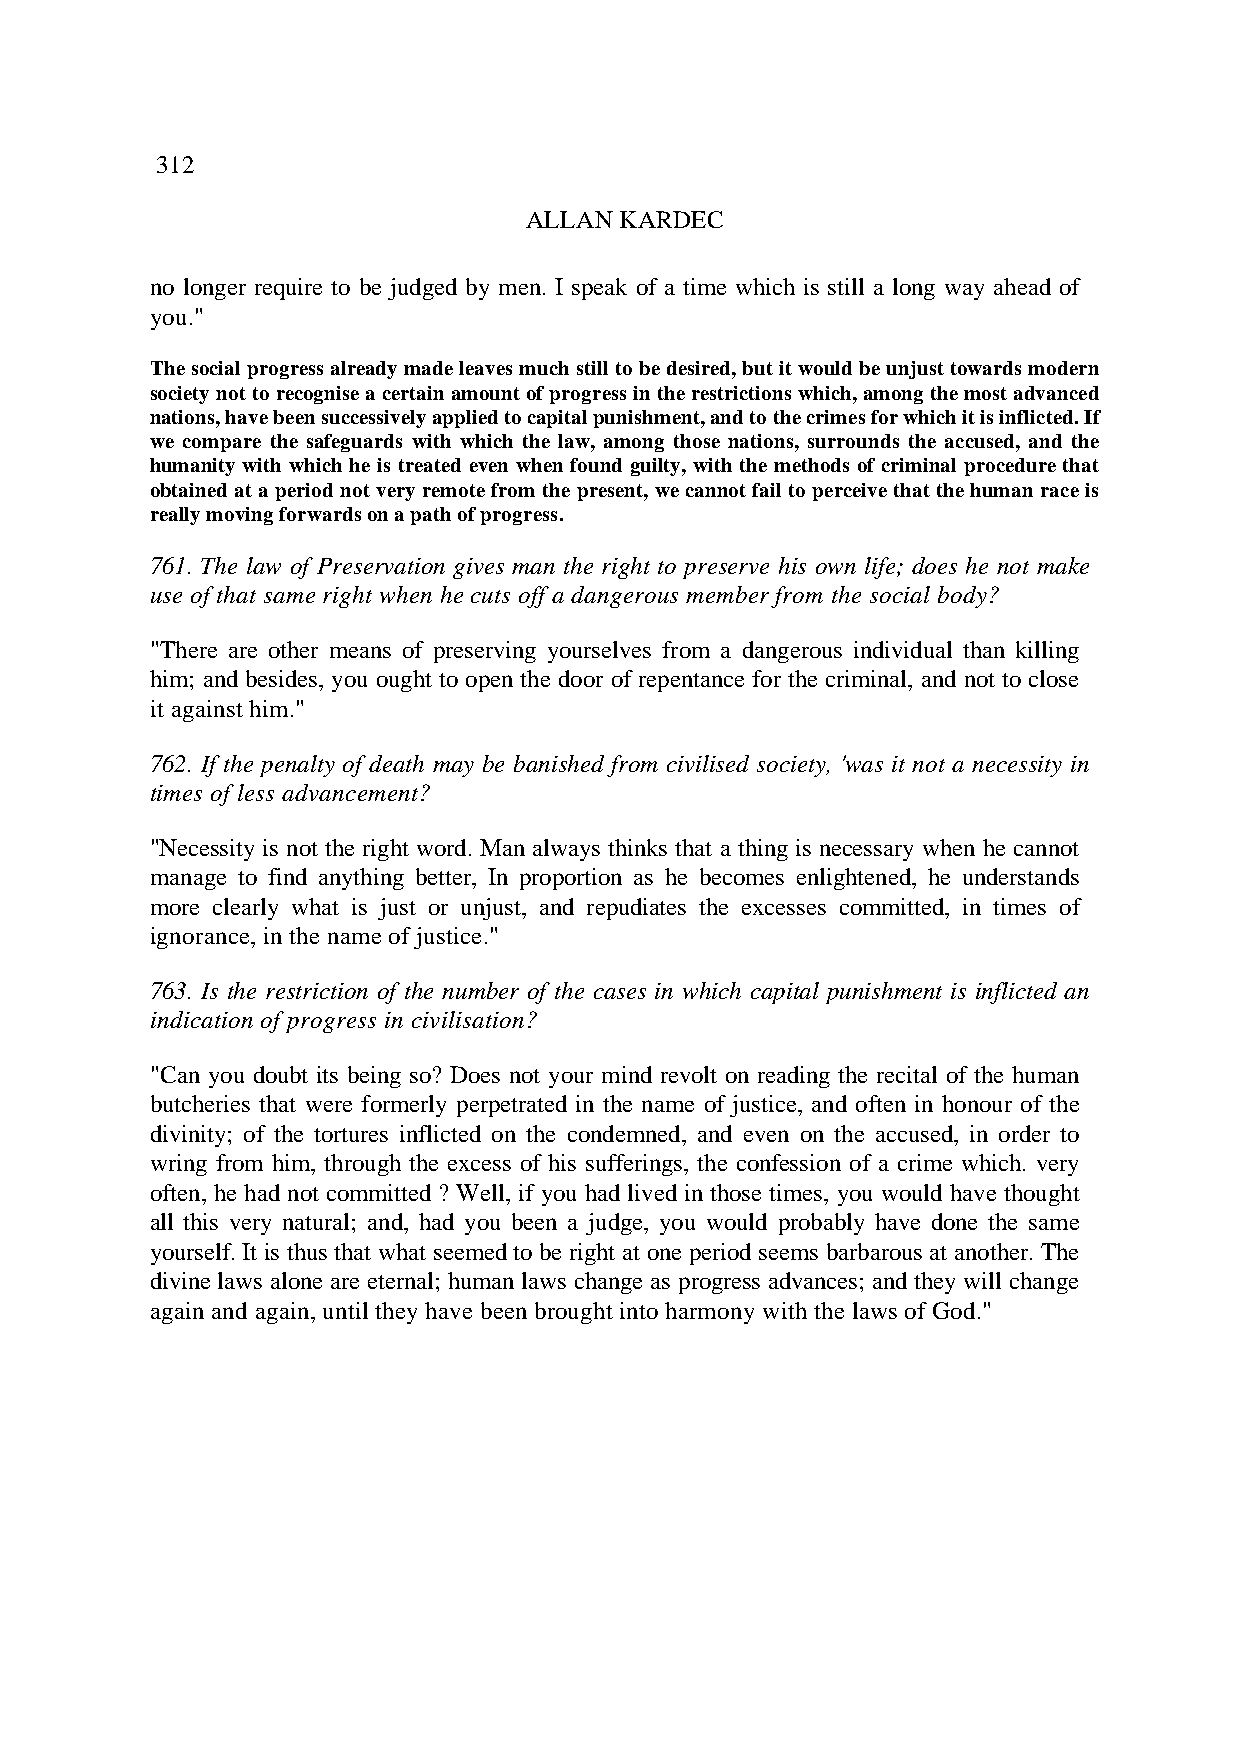
312
 ALLAN KARDEC
 no longer require to be judged by men. I speak of a time which is still a long way ahead of
 you."
 The social progress already made leaves much still to be desired, but it would be unjust towards modern
 society not to recognise a certain amount of progress in the restrictions which, among the most advanced
 nations, have been successively applied to capital punishment, and to the crimes for which it is inflicted. If
 we compare the safeguards with which the law, among those nations, surrounds the accused, and the
 humanity with which he is treated even when found guilty, with the methods of criminal procedure that
 obtained at a period not very remote from the present, we cannot fail to perceive that the human race is
 really moving forwards on a path of progress.
 761. The law of Preservation gives man the right to preserve his own life; does he not make
 use of that same right when he cuts off a dangerous member from the social body?
 "There are other means of preserving yourselves from a dangerous individual than killing
 him; and besides, you ought to open the door of repentance for the criminal, and not to close
 it against him."
 762. If the penalty of death may be banished from civilised society, 'was it not a necessity in
 times of less advancement?
 "Necessity is not the right word. Man always thinks that a thing is necessary when he cannot
 manage to find anything better, In proportion as he becomes enlightened, he understands
 more clearly what is just or unjust, and repudiates the excesses committed, in times of
 ignorance, in the name of justice."
 763. Is the restriction of the number of the cases in which capital punishment is inflicted an
 indication of progress in civilisation?
 "Can you doubt its being so? Does not your mind revolt on reading the recital of the human
 butcheries that were formerly perpetrated in the name of justice, and often in honour of the
 divinity; of the tortures inflicted on the condemned, and even on the accused, in order to
 wring from him, through the excess of his sufferings, the confession of a crime which. very
 often, he had not committed ? Well, if you had lived in those times, you would have thought
 all this very natural; and, had you been a judge, you would probably have done the same
 yourself. It is thus that what seemed to be right at one period seems barbarous at another. The
 divine laws alone are eternal; human laws change as progress advances; and they will change
 again and again, until they have been brought into harmony with the laws of God."